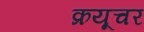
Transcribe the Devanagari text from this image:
क्रयूचर